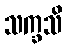
သက္ခသိ